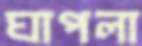
ঘাপলা